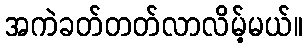
အကဲခတ်တတ်လာလိမ့်မယ်။